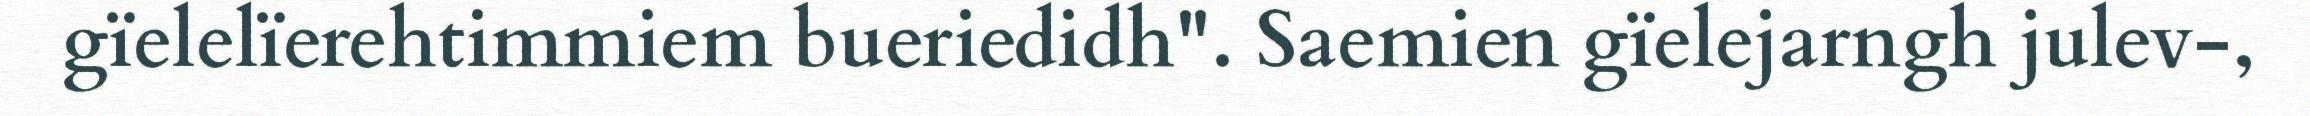
gïelelïerehtimmiem bueriedidh". ​​​​​​​Saemien gïelejarngh julev-,